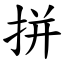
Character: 拼